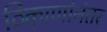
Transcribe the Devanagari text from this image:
ठिकाणांनंतर